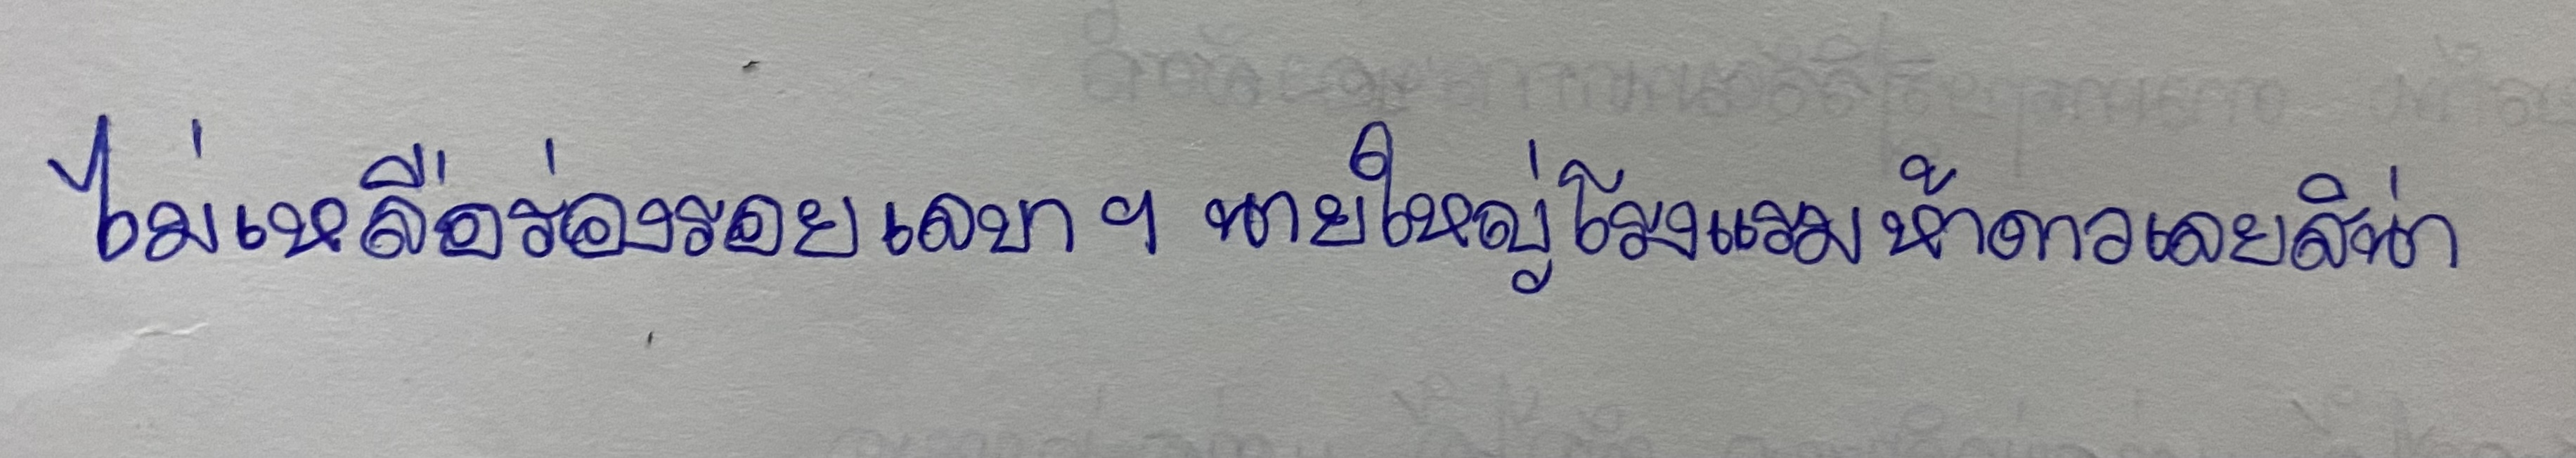
ไม่เหลือร่องรอยเลขาฯนายใหญ่โรงแรมห้าดาวเลยสิน่า